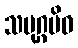
သမုဂ္ဂမိဝ